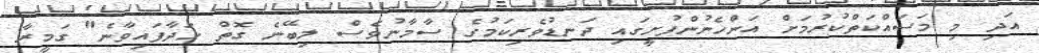
އަދި މި މަސައްކަތްކުރުމަށް އަންހެނުންފުށީގައި ދަނޑުވެރިކަމުގެ ސާމާނުވެސް ލިބޭނެ ގޮތް ހަދާފައިވާނެ" ގަމީރާ